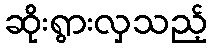
ဆိုးရွားလှသည့်